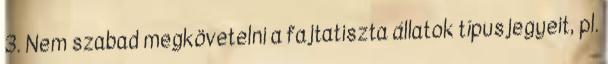
3. Nem szabad megkövetelni a fajtatiszta állatok típusjegyeit, pl.